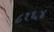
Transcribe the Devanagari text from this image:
८१६४